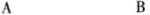
A B